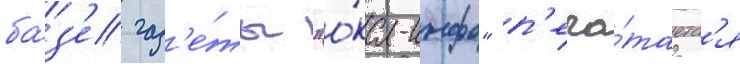
ба́з'е газ'е́ты "о́ка-инфо" п'еча́таетс'я